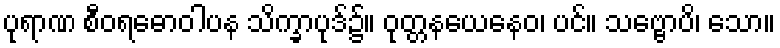
ပုရာဏ စီဝရဓောဝါပန သိက္ခာပုဒ်၌။ ဝုတ္တနယေနေဝ၊ ပင်။ သဗ္ဗောပိ၊ သော။